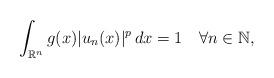
LaTeX: \begin{align*} \int_{\mathbb{R}^n} g(x)|u_n(x)|^p\,dx=1\quad\forall n\in\mathbb{N}, \end{align*}